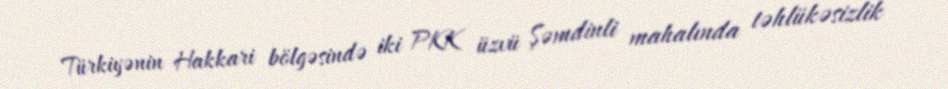
Türkiyənin Hakkari bölgəsində iki PKK üzvü Şəmdinli mahalında təhlükəsizlik